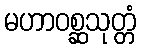
မဟာဝစ္ဆသုတ္တံ